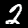
Digit: 2